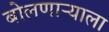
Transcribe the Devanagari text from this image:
बोलणाऱ्याला